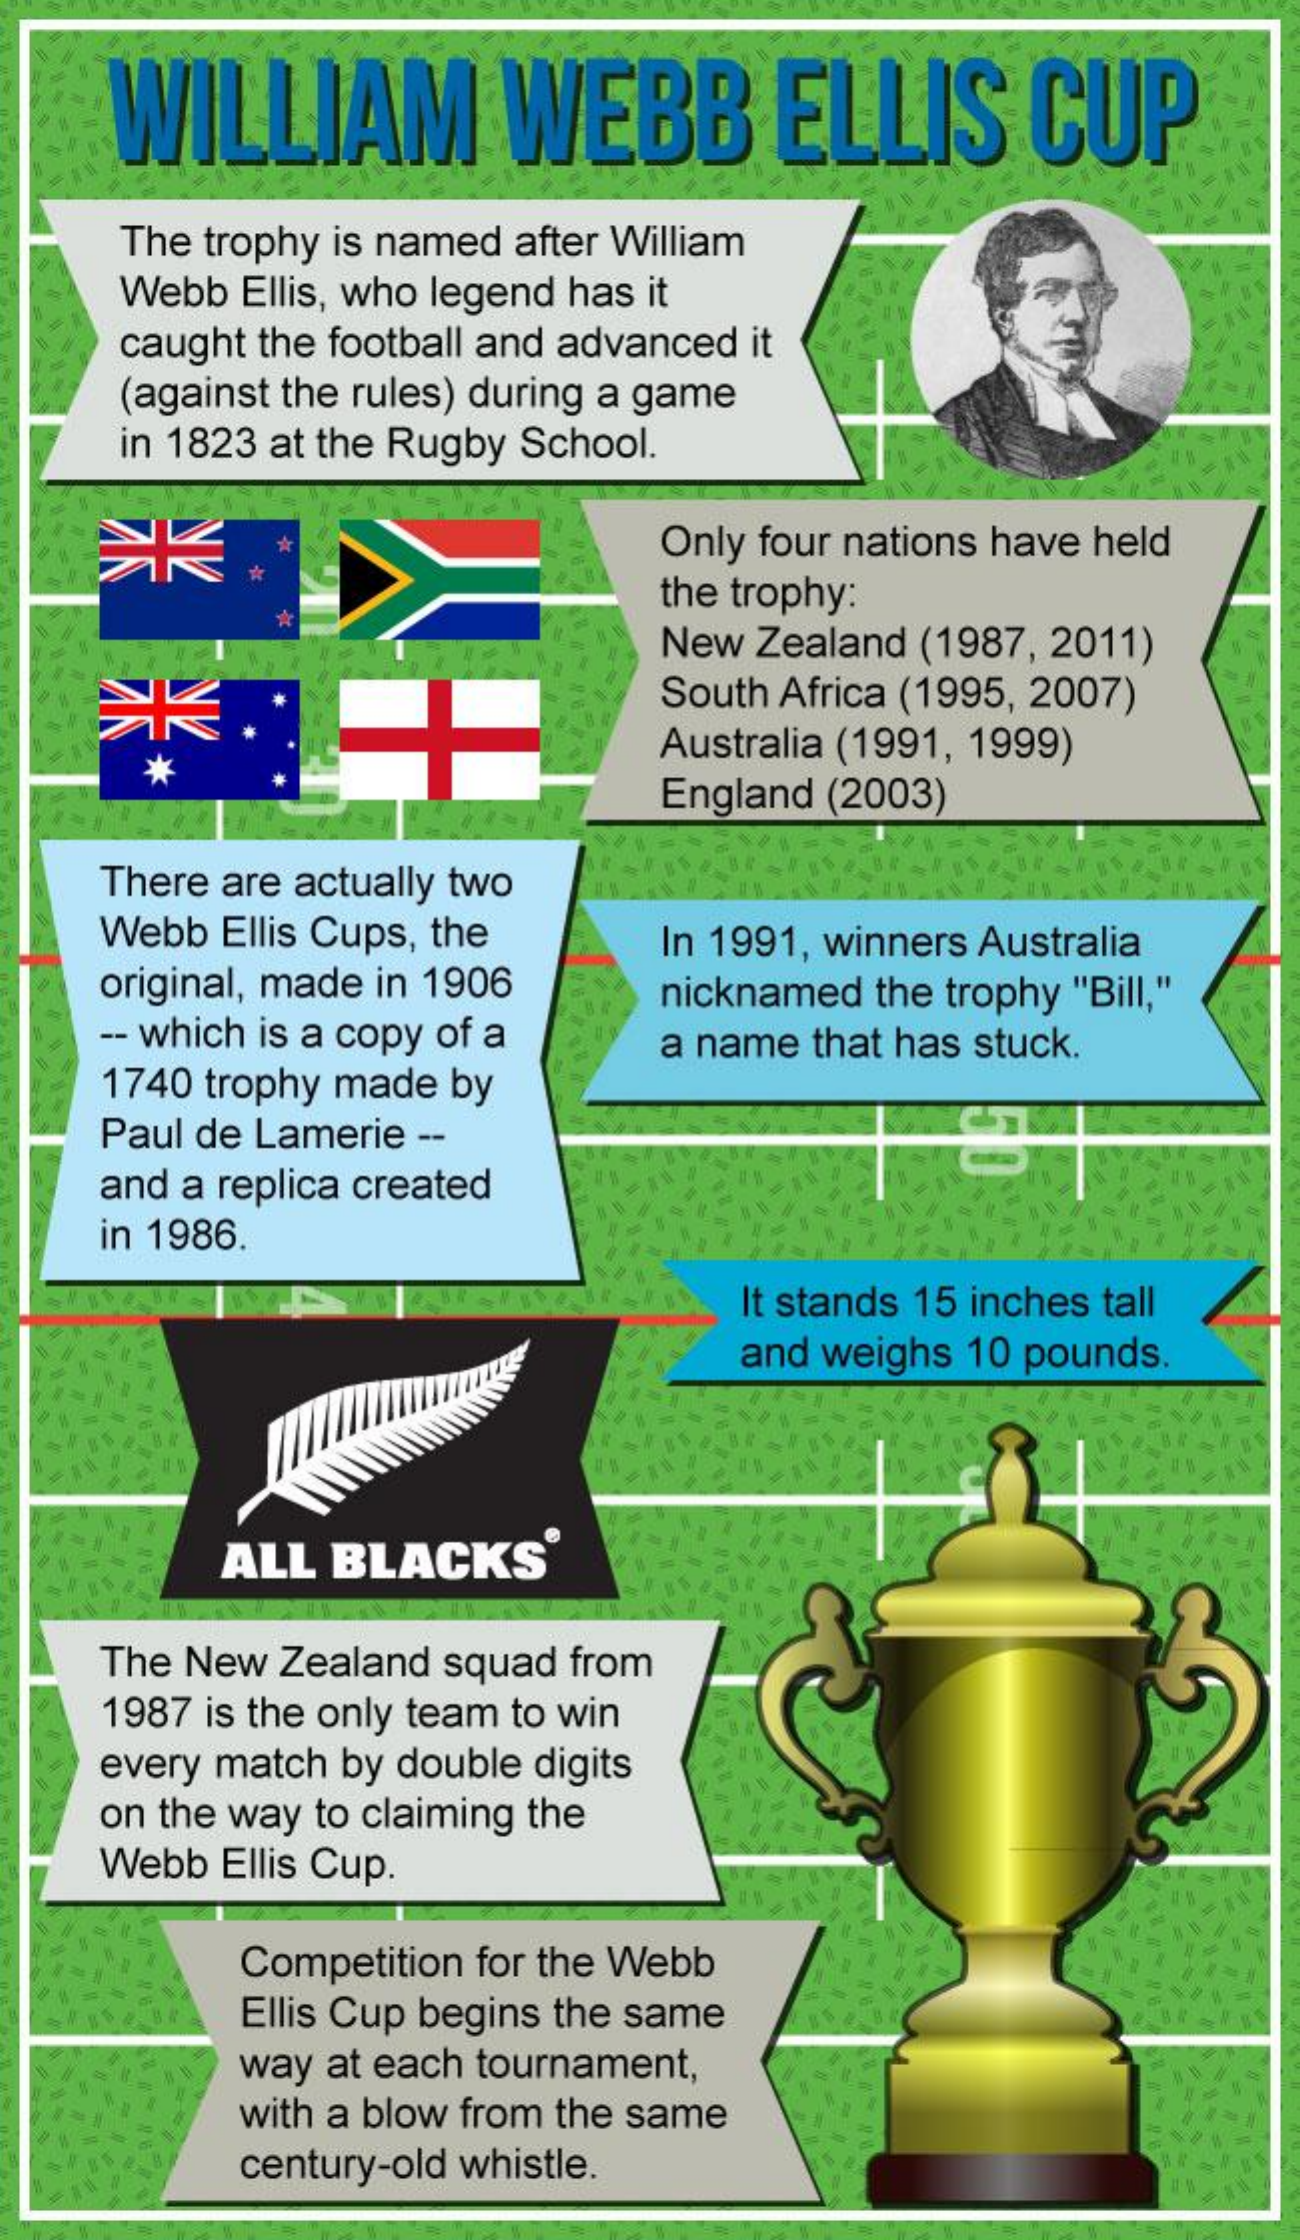
WILLIAM    WEBB    ELLIS    CUP
     The trophy is named after William
     Webb Ellis, who legend has it
     caught the football and advanced it
     (against the rules) during a game
     in 1823 at the Rugby School.
     Only four nations have held ☆
     the trophy:
     New Zealand (1987, 2011)
     South Africa (1995, 2007) 米
     *
     Australia (1991, 1999)
     England (2003)
    There are actually two
    Webb Ellis Cups, the  In 1991, winners Australia
    original, made in 1906
    -- which is a copy of a
     nicknamed the trophy "Bill,"
    1740 trophy made by
     a name that has stuck.
    Paul de Lamerie --
    and a replica created
    in 1986.
     It stands 15 inches tall
     and weighs 10 pounds.
     ALL BLACKS
    The New Zealand squad from
    1987 is the only team to win
    every match by double digits
    on the way to claiming the
    Webb Ellis Cup.
     Competition for the Webb
     Ellis Cup begins the same
     way at each tournament,
     with a blow from the same
     century-old whistle.